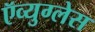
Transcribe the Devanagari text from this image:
ऍव्युग्लेस